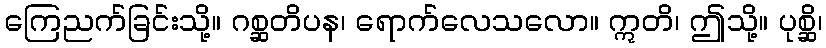
ကြေညက်ခြင်းသို့။ ဂစ္ဆတိပန၊ ရောက်လေသလော။ ဣတိ၊ ဤသို့။ ပုစ္ဆိ၊